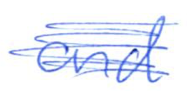
Text: and
Cross-out: scratch
Writing tool: ballpoint